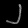
Digit: ၂